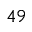
^ { 4 9 }